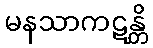
မနသာကဋန္တိ